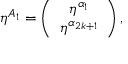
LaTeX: \eta ^ { A _ { 1 } } = \left( \begin{array} { c } { { \eta ^ { \alpha _ { 1 } } } } \\ { { \eta ^ { \alpha _ { 2 k + 1 } } } } \end{array} \right) ,